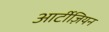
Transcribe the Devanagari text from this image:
आर्टीज़ियन